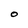
Character: O